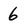
Character: 6